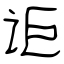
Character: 讵